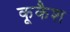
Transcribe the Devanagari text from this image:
कूकैश